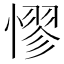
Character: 憀